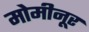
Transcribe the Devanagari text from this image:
मोमीनूर